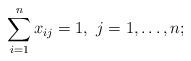
LaTeX: \begin{align*}\sum_{i=1}^{n}x_{ij}=1,~j = 1,\dots, n;\end{align*}